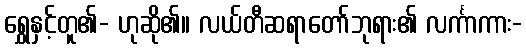
ရွှေနှင့်တူ၏- ဟုဆို၏။ လယ်တီဆရာတော်ဘုရား၏ လင်္ကာကား-